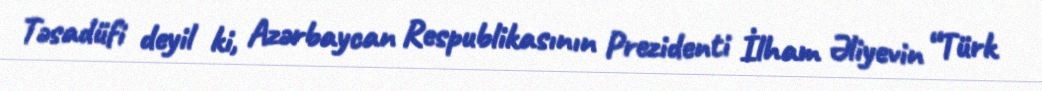
Təsadüfi deyil ki, Azərbaycan Respublikasının Prezidenti İlham Əliyevin “Türk